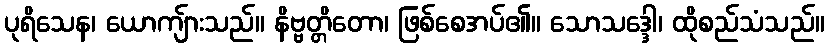
ပုရိသေန၊ ယောကျ်ားသည်။ နိဗ္ဗတ္တိတော၊ ဖြစ်စေအပ်၏။ သောသဒ္ဒေါ၊ ထိုစည်သံသည်။